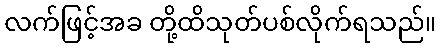
လက်ဖြင့်အခ တို့ထိသုတ်ပစ်လိုက်ရသည်။